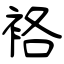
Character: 袼